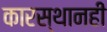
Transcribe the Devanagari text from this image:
कारस्थानही